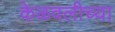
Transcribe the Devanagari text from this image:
केळवलीच्या